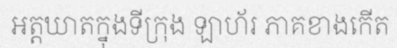
អត្តឃាតក្នុងទីក្រុង ឡាហ័រ ភាគខាងកើត